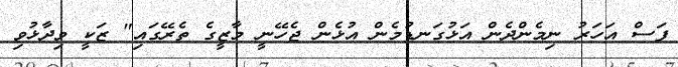
ފަސް އަހަރު ނިމެންދެން އަޅުގަނޑުމެން އުޅެން ޖެހޭނީ މާޒީގެ ތެރޭގައި" ޒަކީ ވިދާޅުވި